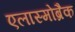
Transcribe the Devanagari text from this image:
एलास्मोब्रैक